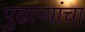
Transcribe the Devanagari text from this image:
पुढाऱ्यांचा